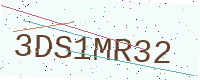
Text: 3DS1MR32